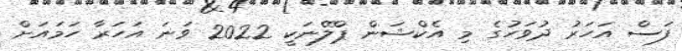
ފަސް އަހަރު ދުވަހުގެ މި އެކްޝަން ޕްލޭނަކީ 2022 ވަނަ އަހަރާ ހަމައަށް